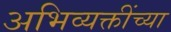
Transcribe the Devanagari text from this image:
अभिव्यक्तींच्या